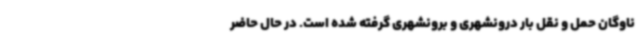
ناوگان حمل و نقل بار درونشهری و برونشهری گرفته شده است. در حال حاضر